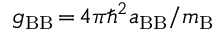
g _ { \mathrm { B B } } \, { = } \, 4 \pi \hbar ^ { 2 } a _ { \mathrm { B B } } / m _ { \mathrm { B } }